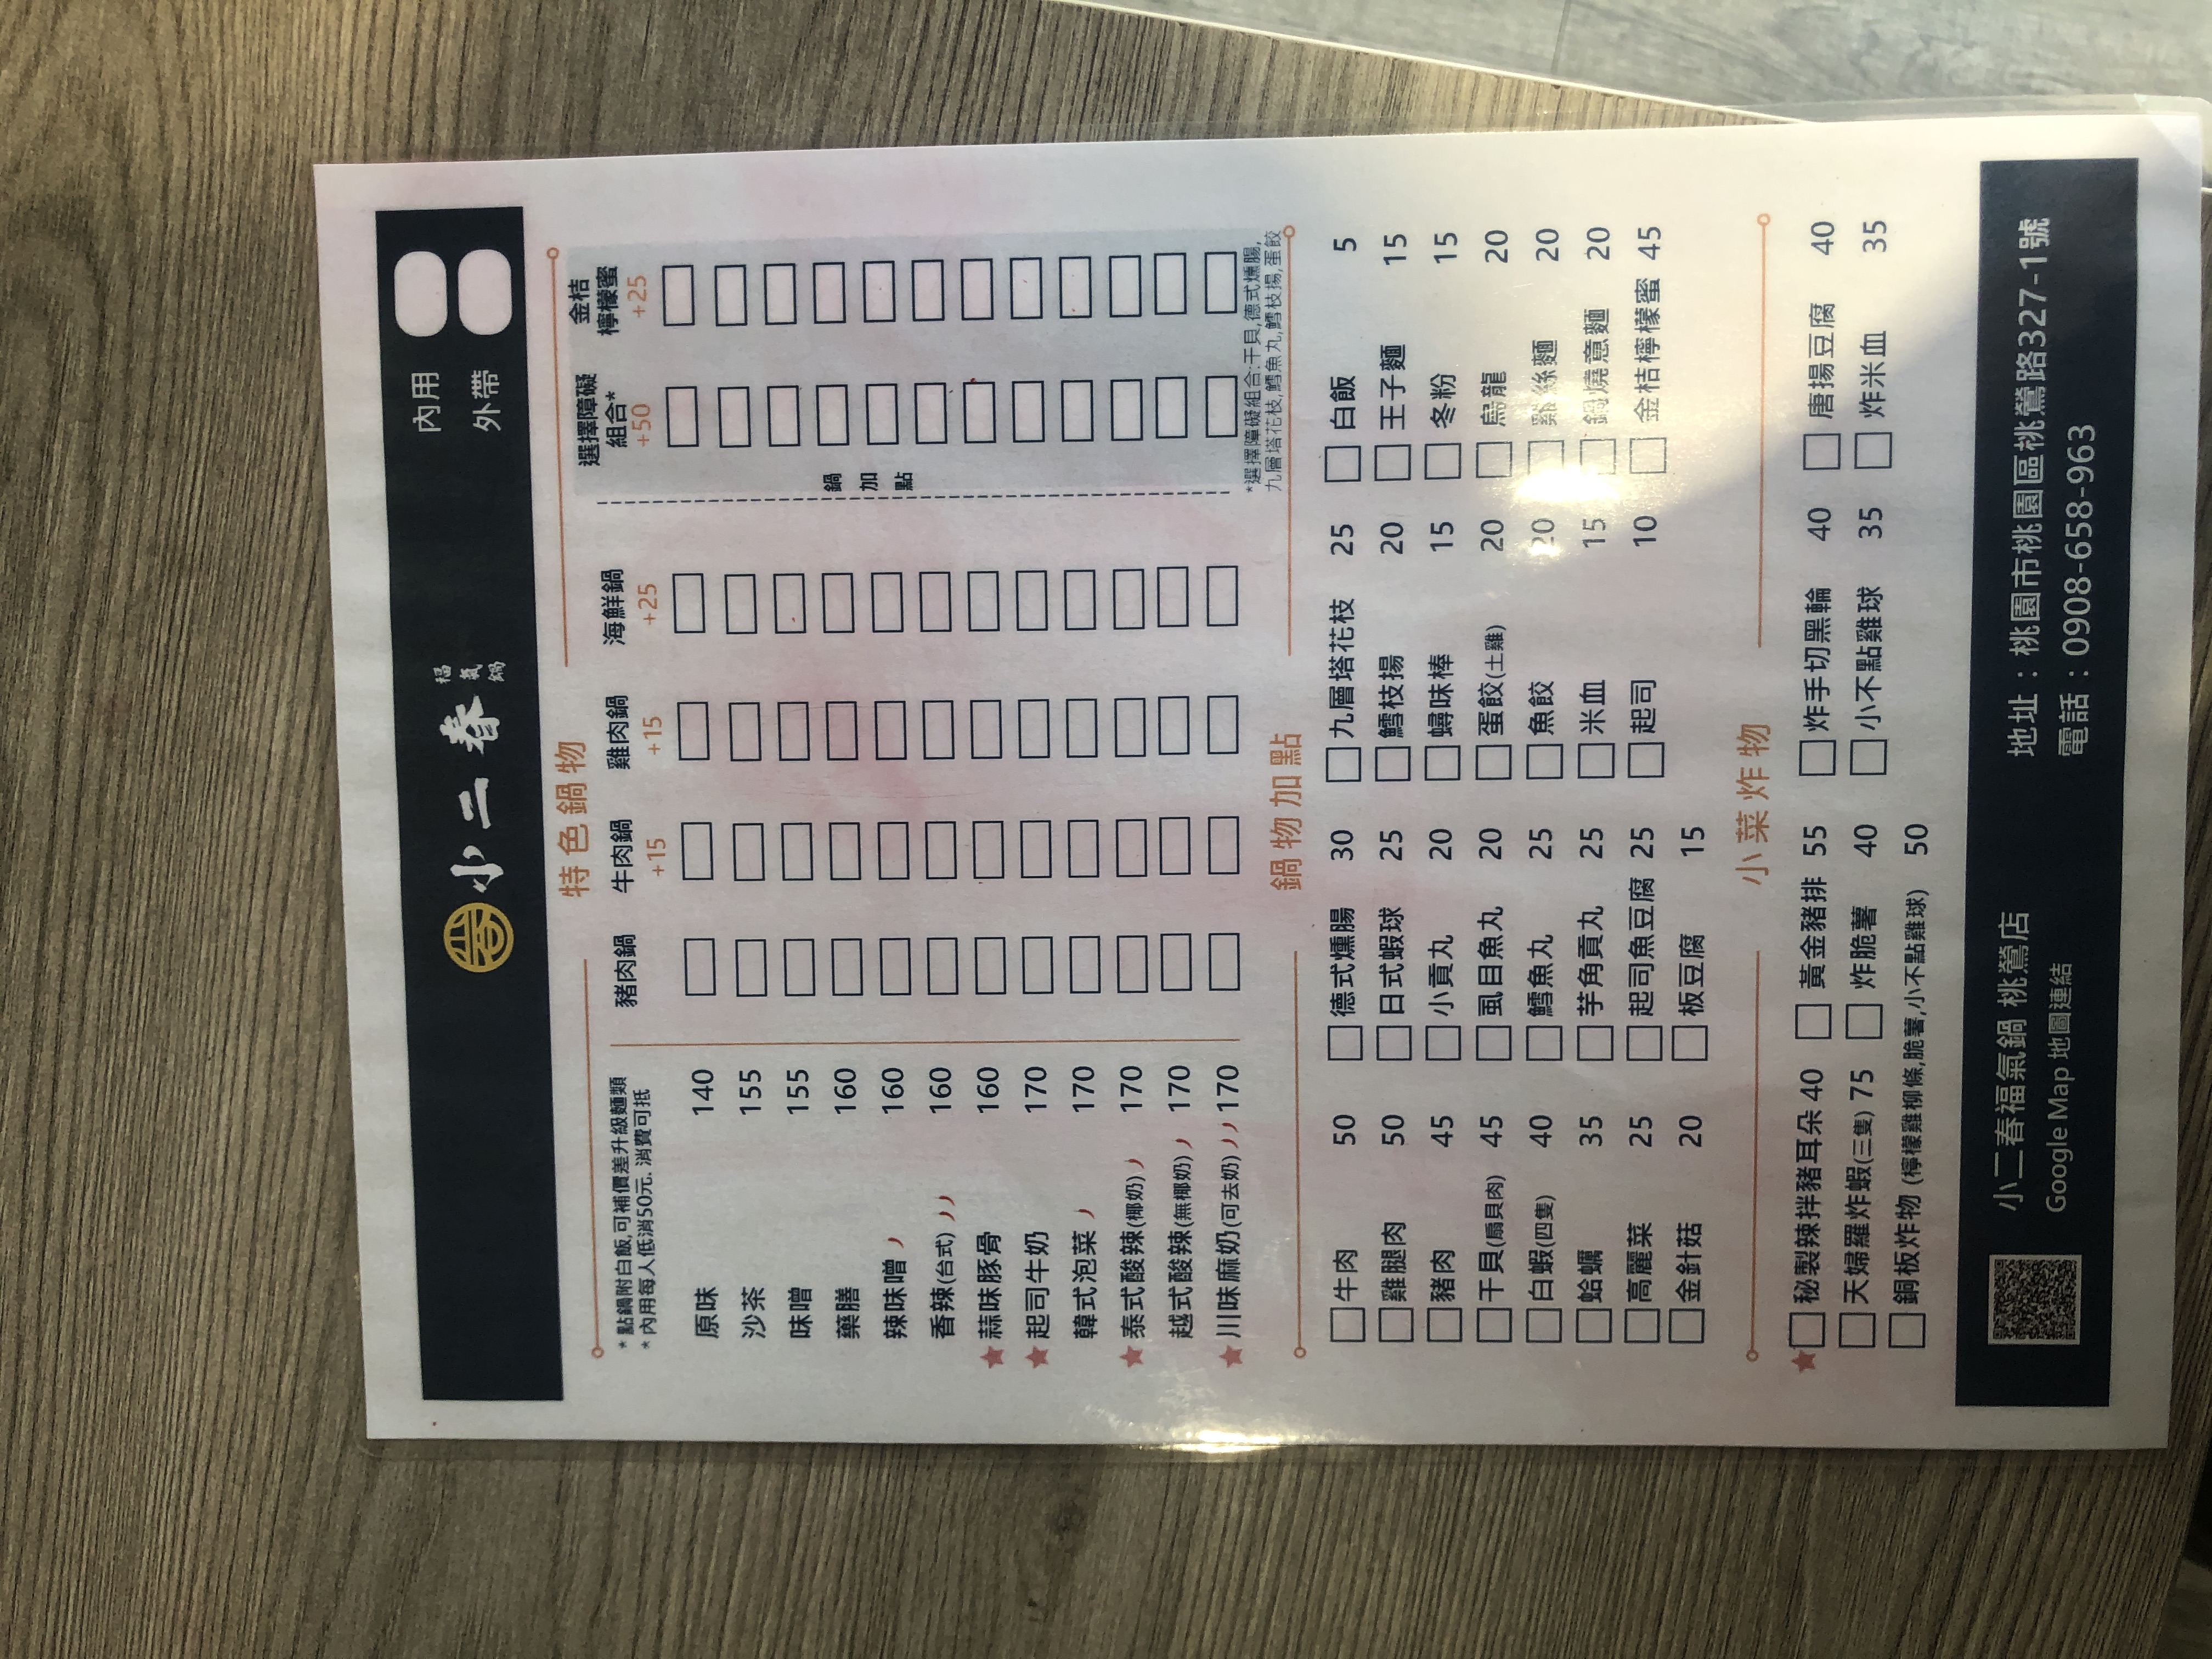
餐廳：小二春福氣鍋
地址：桃園市桃園區桃鶯路327-1號
電話：0908-658-963
菜單：
name: 原味豬肉鍋
price: 140
name: 原味牛肉鍋
price: 155
name: 原味雞肉鍋
price: 155
name: 原味海鮮鍋
price: 160
name: 沙茶豬肉鍋
price: 160
name: 沙茶牛肉鍋
price: 160
name: 沙茶雞肉鍋
price: 160
name: 沙茶海鮮鍋
price: 170
name: 味噌豬肉鍋
price: 160
name: 味噌牛肉鍋
price: 160
name: 味噌雞肉鍋
price: 160
name: 味噌海鮮鍋
price: 170
name: 藥膳豬肉鍋
price: 160
name: 藥膳牛肉鍋
price: 160
name: 藥膳雞肉鍋
price: 160
name: 藥膳海鮮鍋
price: 170
name: 辣味豬肉鍋
price: 160
name: 辣味牛肉鍋
price: 160
name: 辣味雞肉鍋
price: 160
name: 辣味海鮮鍋
price: 170
name: 香辣(台式)豬肉鍋
price: 160
name: 香辣(台式)牛肉鍋
price: 160
name: 香辣(台式)雞肉鍋
price: 160
name: 香辣(台式)海鮮鍋
price: 170
name: 泰式酸辣(椰奶)豬肉鍋
price: 170
name: 泰式酸辣(椰奶)牛肉鍋
price: 170
name: 泰式酸辣(椰奶)雞肉鍋
price: 170
name: 泰式酸辣(椰奶)海鮮鍋
price: 170
name: 越式酸辣(無椰奶)豬肉鍋
price: 170
name: 越式酸辣(無椰奶)牛肉鍋
price: 170
name: 越式酸辣(無椰奶)雞肉鍋
price: 170
name: 越式酸辣(無椰奶)海鮮鍋
price: 170
name: 川味麻奶(可去奶)豬肉鍋
price: 170
name: 川味麻奶(可去奶)牛肉鍋
price: 170
name: 川味麻奶(可去奶)雞肉鍋
price: 170
name: 川味麻奶(可去奶)海鮮鍋
price: 170
name: 起司牛奶鍋
price: 170
name: 韓式泡菜鍋
price: 170
name: 牛肉
price: 50
name: 豬腿肉
price: 50
name: 豬肉
price: 45
name: 干貝
price: 45
name: 白蝦(四隻)
price: 40
name: 蛤蠣
price: 40
name: 高麗菜
price: 35
name: 金針菇
price: 25
name: 德式燻腸
price: 30
name: 日式蝦球
price: 25
name: 小貢丸
price: 20
name: 虱目魚丸
price: 20
name: 鱈魚丸
price: 25
name: 芋角貢丸
price: 25
name: 起司魚豆腐
price: 20
name: 板豆腐
price: 15
name: 九層塔花枝
price: 25
name: 蟳味棒
price: 20
name: 蛋餃
price: 20
name: 魚餃
price: 25
name: 米血
price: 20
name: 起司
price: 10
name: 白飯
price: 5
name: 王子麵
price: 15
name: 冬粉
price: 15
name: 烏龍
price: 20
name: 寬粉
price: 20
name: 鍋燒意麵
price: 20
name: 金桔檸檬蜜
price: 45
name: 秘製辣拌豬耳朵
price: 75
name: 天婦羅炸蝦(三隻)
price: 75
name: 炸脆薯
price: 50
name: 炸手切黑輪
price: 40
name: 小不點雞球
price: 35
name: 廣島豆皮
price: 40
name: 炸米血
price: 35